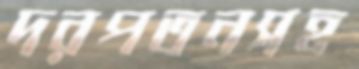
দরপতনসহ